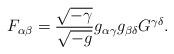
LaTeX: \begin{align*} F_{\alpha \beta} = \frac{\sqrt{-\gamma}}{\sqrt{-g}} g_{\alpha \gamma} g_{\beta \delta} G^{\gamma \delta}.\end{align*}